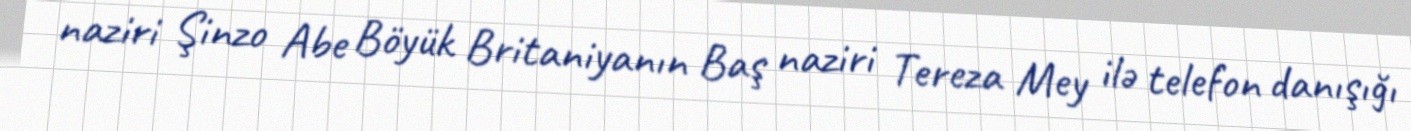
naziri Şinzo Abe Böyük Britaniyanın Baş naziri Tereza Mey ilə telefon danışığı